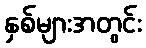
နှစ်များအတွင်း